Annual report of the Bengal Veterinary College and of the Civil Veterinary Department, Bengal, for the year 1912-1913 - 1912-1913
Year: 1912
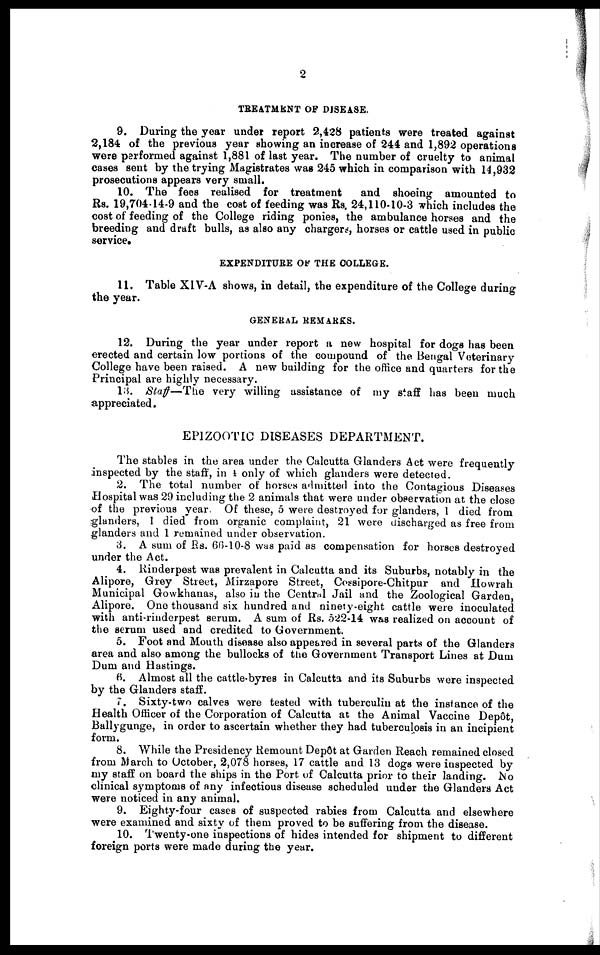
2
TREATMENT OF DISEASE.
9. During the year under report 2,428 patients were treated against
2,184 of the previous year showing an increase of 244 and 1,892 operations
were performed against 1,881 of last year. The number of cruelty to animal
cases sent by the trying Magistrates was 245 which in comparison with 14,932
prosecutions appears very small.
10. The fees realised for treatment
and shoeing amounted to
Rs. 19,704-14-9 and the cost of feeding was Rs. 24,110-10-3 which includes the
cost of feeding of the College riding ponies, the ambulance horses and the
breeding and draft bulls, as also any chargers, horses or cattle used in public
service.
EXPENDITURE OF THE COLLEGE.
11. Table XIV-A shows, in detail, the expenditure of the College during
the year.
GENERAL REMARKS.
12. During the year under report a new hospital for dogs has been
erected and certain low portions of the compound of the Bengal Veterinary
College have been raised. A new building for the office and quarters for the
Principal are highly necessary.
13. Staff—The very willing assistance of my staff has been much
appreciated.
EPIZOOTIC DISEASES DEPARTMENT.
The stables in the area under the Calcutta Glanders Act were frequently
inspected by the staff, in 4 only of which glanders were detected.
2. The total number of horses admitted into the Contagious Diseases
Hospital was 29 including the 2 animals that were under observation at the close
of the previous year. Of these, 5 were destroyed for glanders, 1 died from
glanders, 1 died from organic complaint, 21 were discharged as free from
glanders and 1 remained under observation.
3. A sum of Rs. 66-10-8 was paid as compensation for horses destroyed
under the Act.
4. Rinderpest was prevalent in Calcutta and its Suburbs, notably in the
Alipore, Grey Street, Mirzapore Street, Cossipore-Chitpur and Howrah
Municipal Gowkhanas, also in the Central Jail and the Zoological Garden,
Alipore. One thousand six hundred and ninety-eight cattle were inoculated
with anti-rinderpest serum. A sum of Rs. 522-14 was realized on account of
the serum used and credited to Government.
5. Foot and Mouth disease also appeared in several parts of the Glanders
area and also among the bullocks of the Government Transport Lines at Dum
Dum and Hastings.
6. Almost all the cattle-byres in Calcutta and its Suburbs were inspected
by the Glanders staff.
7. Sixty-two calves were tested with tuberculin at the instance of the
Health Officer of the Corporation of Calcutta at the Animal Vaccine Dep6t,
Ballygunge, in order to ascertain whether they had tuberculosis in an incipient
form.
8. While the Presidency Remount Depôt at Garden Reach remained closed
from March to October, 2,078 horses, 17 cattle and 13 dogs were inspected by
my staff on board the ships in the Port of Calcutta prior to their landing. No
clinical symptoms of any infectious disease scheduled under the Glanders Act
were noticed in any animal.
9. Eighty-four cases of suspected rabies from Calcutta and elsewhere
were examined and sixty of them proved to be suffering from the disease.
10. Twenty-one inspections of hides intended for shipment to different
foreign ports were made during the year.